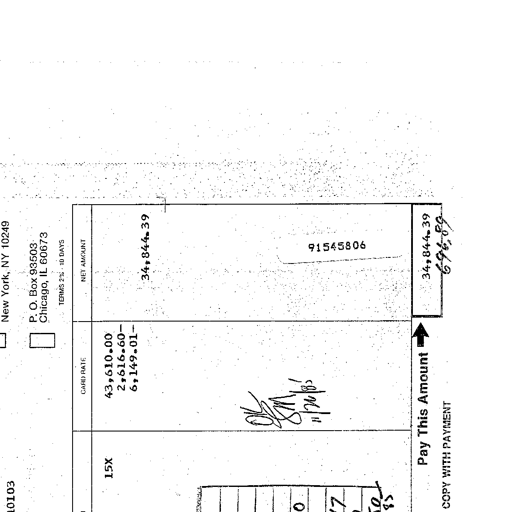
New York, NY 10249
P. O. Box 93503
Chicago, IL 60673
TERMS 2% - 10 DAYS
CARD RATE
NET AMOUNT
15X
43,610.00
2,616.60-
6,149.01-
34,844.39
91545806
OK
SM
11/20/85
Pay This Amount
34,844.39
696.89
COPY WITH PAYMENT